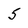
Character: 5